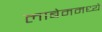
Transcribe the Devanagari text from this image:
लाबेममध्ये